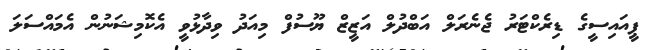
ޕީއައިސީގެ ޑިރެކްޓަރު ޖެނެރަލް އަބްދުލް އަޒީޒް ޔޫސުފް މިއަދު ވިދާޅުވީ އެކޮމިޝަނުން އެމައްސަލަ